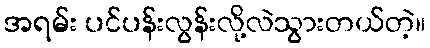
အရမ်း ပင်ပန်းလွန်းလို့လဲသွားတယ်တဲ့။